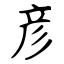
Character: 彦